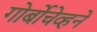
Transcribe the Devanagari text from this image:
गोर्बोचेव्हने